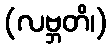
(လဗ္ဘတိ၊)